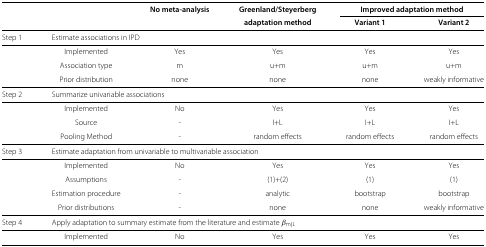
<table><thead><tr><td><b> </b></td><td><b> </b></td><td><b>No meta-analysis</b></td><td><b>Greenland/Steyerberg</b></td><td colspan="2"><b>Improved adaptation method</b></td></tr><tr><td><b> </b></td><td><b> </b></td><td><b> </b></td><td><b>adaptation method</b></td><td><b>Variant 1</b></td><td><b>Variant 2</b></td></tr></thead><tbody><tr><td>Step 1</td><td colspan="4">Estimate associations in IPD</td><td> </td></tr><tr><td> </td><td>Implemented</td><td>Yes</td><td>Yes</td><td>Yes</td><td>Yes</td></tr><tr><td> </td><td>Association type</td><td>m</td><td>u+m</td><td>u+m</td><td>u+m</td></tr><tr><td> </td><td>Prior distribution</td><td>none</td><td>none</td><td>none</td><td>weakly informative</td></tr><tr><td>Step 2</td><td colspan="4">Summarize univariable associations</td><td> </td></tr><tr><td> </td><td>Implemented</td><td>No</td><td>Yes</td><td>Yes</td><td>Yes</td></tr><tr><td> </td><td>Source</td><td>-</td><td>I+L</td><td>I+L</td><td>I+L</td></tr><tr><td> </td><td>Pooling Method</td><td>-</td><td>random effects</td><td>random effects</td><td>random effects</td></tr><tr><td>Step 3</td><td colspan="4">Estimate adaptation from univariable to multivariable association</td><td> </td></tr><tr><td> </td><td>Implemented</td><td>No</td><td>Yes</td><td>Yes</td><td>Yes</td></tr><tr><td> </td><td>Assumptions</td><td>-</td><td>(1)+(2)</td><td>(1)</td><td>(1)</td></tr><tr><td> </td><td>Estimation procedure</td><td>-</td><td>analytic</td><td>bootstrap</td><td>bootstrap</td></tr><tr><td> </td><td>Prior distributions</td><td>-</td><td>none</td><td>none</td><td>weakly informative</td></tr><tr><td>Step 4</td><td colspan="4">Apply adaptation to summary estimate from the literature and estimate <i>β</i><sub>m|L</sub></td><td> </td></tr><tr><td> </td><td>Implemented</td><td>No</td><td>Yes</td><td>Yes</td><td>Yes</td></tr></tbody></table>